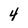
Character: 4